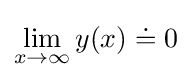
\lim _{x\to \infty }y(x)\doteq 0